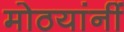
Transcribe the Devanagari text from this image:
मोठयांनीं